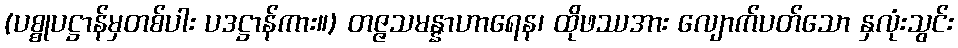
(ပစ္စုပဋ္ဌာန်မှတစ်ပါး ပဒဋ္ဌာန်ကား။) တဇ္ဇသမန္နာဟာရေန၊ ထိုဖဿအား လျောက်ပတ်သော နှလုံးသွင်း